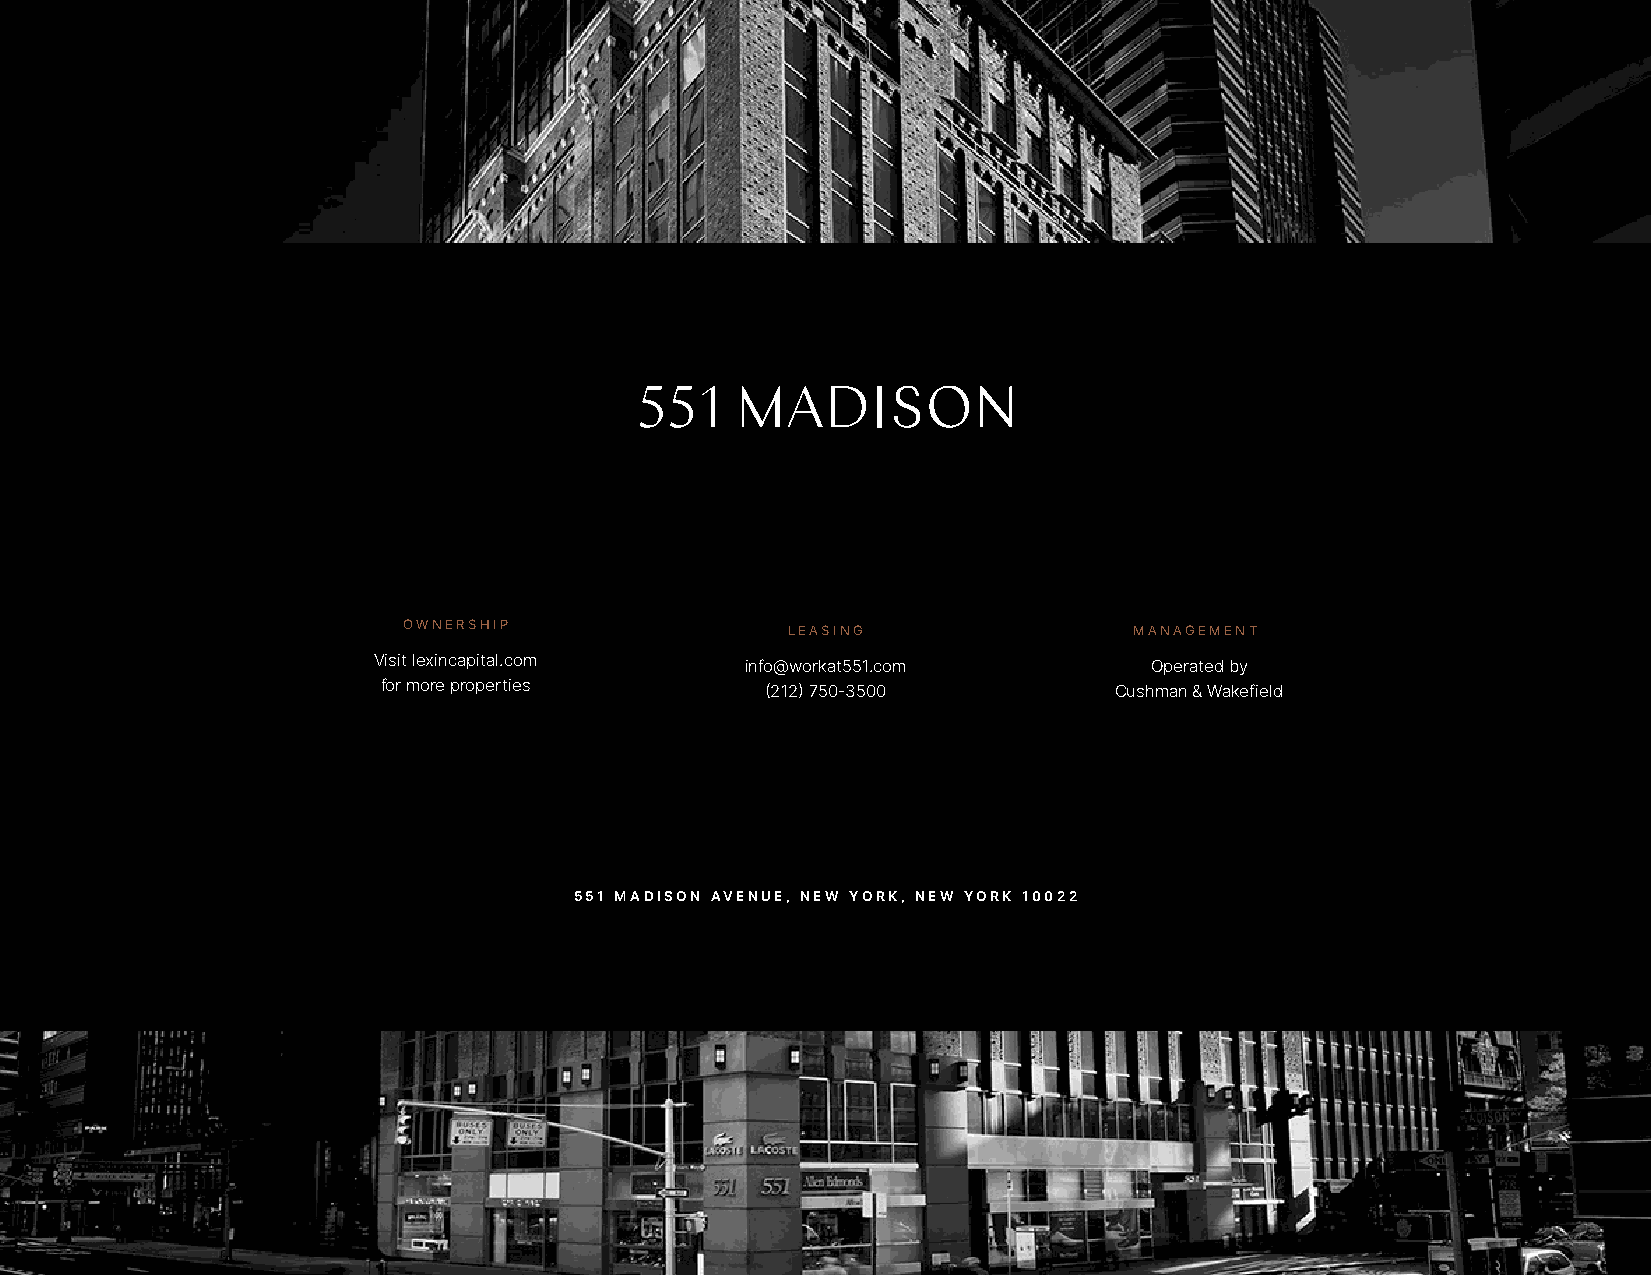
OWNERSHIP                LEASING                MANAGEMENT
 Visit lexincapital.com  info@workat551.com         Operated by
 for more properties       (212) 750-3500         Cushman & Wakefield
 551 MADISON AVENUE, NEW YORK, NEW YORK 10022